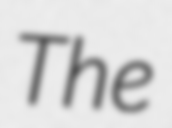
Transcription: The